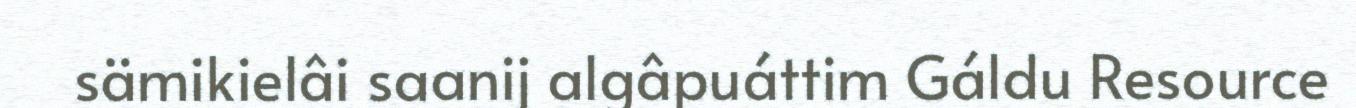
sämikielâi saanij algâpuáttim Gáldu Resource